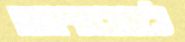
לאבתיהם